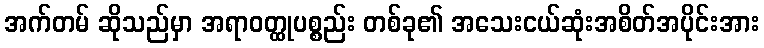
အက်တမ် ဆိုသည်မှာ အရာဝတ္ထုပစ္စည်း တစ်ခု၏ အသေးငယ်ဆုံးအစိတ်အပိုင်းအား